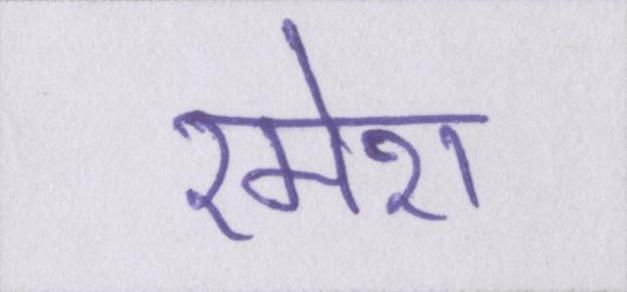
रमेश